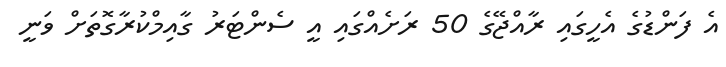
އެ ފަންޑުގެ އެހީގައި ރާއްޖޭގެ 50 ރަށެއްގައި އީ ސެންޓަރު ގާއިމްކުރާގޮތަށް ވަނީ